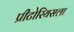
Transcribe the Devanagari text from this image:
प्रीटोरियसला